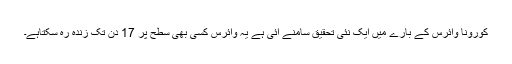
کورونا وائرس کے بارے میں ایک نئی تحقیق سامنے آئی ہے یہ وائرس کسی بھی سطح پر 17 دن تک زندہ رہ سکتاہے۔